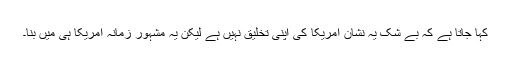
کہا جاتا ہے کہ بے شک یہ نشان امریکا کی اپنی تخلیق نہیں ہے لیکن یہ مشہور زمانہ امریکا ہی میں بنا۔